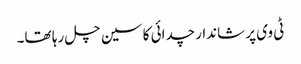
ٹی وی پر شاندار چدائی کا سین چل رہا تھا۔